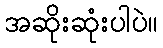
အဆိုးဆုံးပါပဲ။